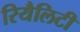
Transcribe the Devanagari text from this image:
रियैलिटी